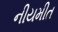
નીયમીત